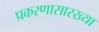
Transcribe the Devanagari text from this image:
प्रकरणासारख्या